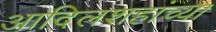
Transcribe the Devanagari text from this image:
आदिलशहांच्या